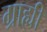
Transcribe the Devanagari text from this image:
ग्राह्यी